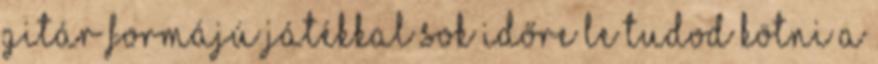
gitár formájú játékkal sok időre le tudod kötni a